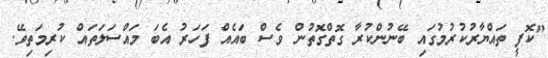
"ކޮފީ ތައްޔާރުކުރުމުގައި ބޭނުންކުރާ ގޮތްގޮތުން ވެސް ބައެއް ފަހަރު އެބަ މައްސަލަތައް ކުރިމަތިވޭ.